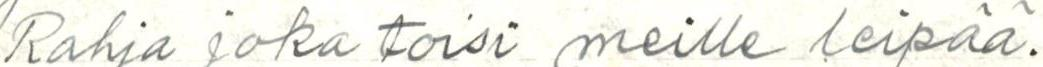
Rahja joka toisi meille leipää.